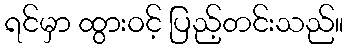
ရင်မှာ ထွားဝင့် ပြည့်တင်းသည်။